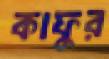
কাফুর